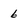
Character: 6